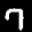
Label: 7